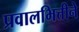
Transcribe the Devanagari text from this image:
प्रवालभित्तीने